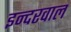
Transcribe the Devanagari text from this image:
इन्दरवाल